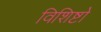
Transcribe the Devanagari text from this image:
विशिष्टो